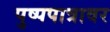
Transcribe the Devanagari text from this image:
पुष्पपात्रावर